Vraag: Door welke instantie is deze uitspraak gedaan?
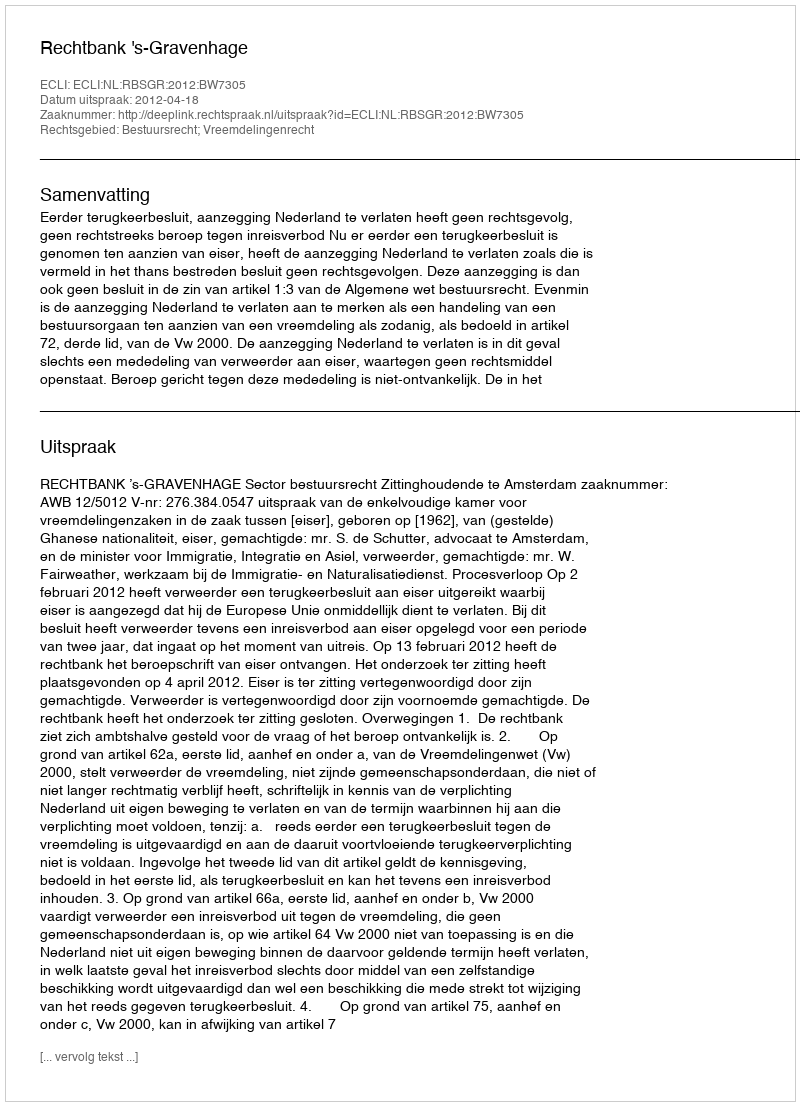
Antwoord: Rechtbank 's-Gravenhage